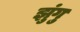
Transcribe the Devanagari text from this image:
झुंगु